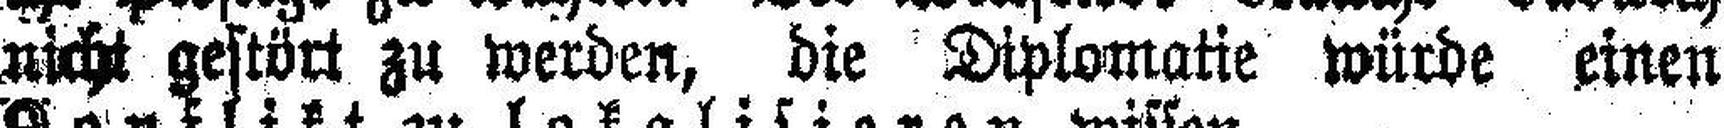
nicht gestört zu werden, die Diplomatie würde einen